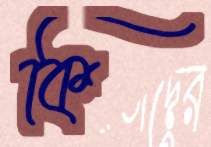
কি